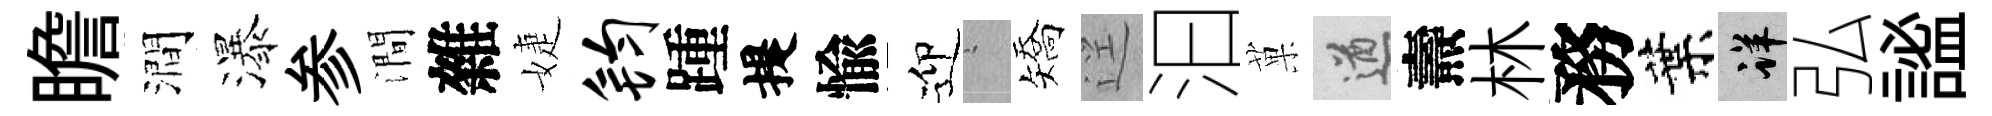
瞻澗瀑参澗雜婕钧踵提愉迎搖矯逕汩菓遒燾林務葉详弘謐